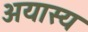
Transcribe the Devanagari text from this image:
अयास्य